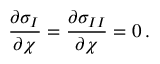
{ \frac { \partial \sigma _ { I } } { \partial \chi } } = { \frac { \partial \sigma _ { I I } } { \partial \chi } } = 0 \, .